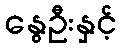
နွေဦးနှင့်